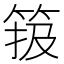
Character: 𥮁